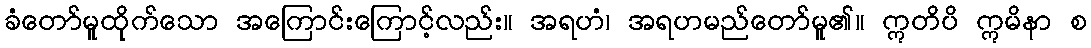
ခံတော်မူထိုက်သော အကြောင်းကြောင့်လည်း။ အရဟံ၊ အရဟမည်တော်မူ၏။ ဣတိပိ ဣမိနာ စ